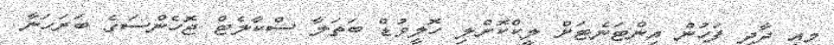
މިއީ ދާދި ފަހުން އިންޓަނެޓަށް ލީކްކޮށްލި ހޮލީވުޑް ބަތަލާ ސްކާލެޓް ޖޮހެންސަގެ ބަރަހަނާ